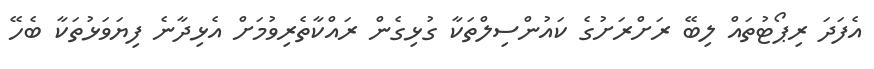
އެފަދަ ރިޕޯޓުތައް ލިބޭ ރަށްރަށުގެ ކައުންސިލްތަކާ ގުޅިގެން ރައްކާތެރިވުމަށް އެޅިދާނެ ފިޔަވަޅުތަކާ ބެހޭ